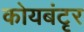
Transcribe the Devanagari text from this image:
कोयबंटृर